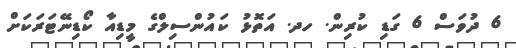
6 ދުވަސް 6 ގަޑި ކުރިން. ހދ. އަތޮޅު ކައުންސިލްގެ މީޑިއާ ކޯޑިނޭޓަރަކަށް